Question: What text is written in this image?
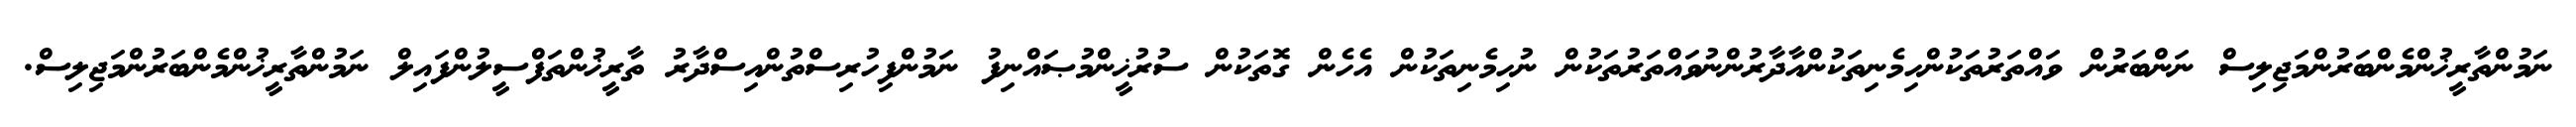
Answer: ނަމުންތާރީޚުންމެންބަރުންމަޖިލިސް ނަންބަރުން ވައްތަރުތަކުންހިމެނިތަކުންއާދާރުންނުވައްތަރުތަކުން ނުހިމެނިތަކުން އެހެން ގޮތަކުން ސުރުޚީންމުޞައްނިފު ނަމުންފިހުރިސްތުންއިސްދާރު ތާރީޚުންތަފްސީލުންފައިލް ނަމުންތާރީޚުންމެންބަރުންމަޖިލިސް.